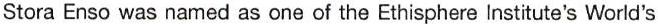
Stora Enso was named as one of the Ethisphere Institute's World's